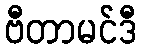
ဗီတာမင်ဒီ